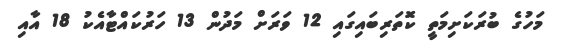
މަހުގެ ބުރަކަށިމަތީ ކޮަތަރިބައިގައި 12 ވަރަށް މަދުން 13 ހަރުކައްޓާއެކު 18 އާއި